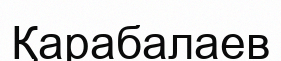
Қарабалаев